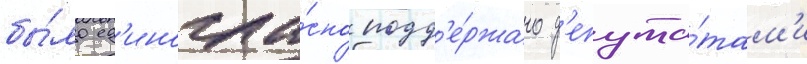
бы́ло ед'иногла́сно подд'е́ржано д'епута́там'и